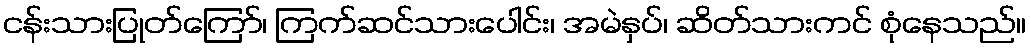
ငန်းသားပြုတ်ကြော်၊ ကြက်ဆင်သားပေါင်း၊ အမဲနှပ်၊ ဆိတ်သားကင် စုံနေသည်။